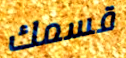
قسمك